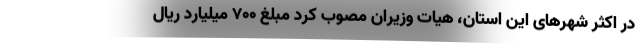
در اکثر شهرهای این استان، هیات وزیران مصوب کرد مبلغ ۷۰۰ میلیارد ریال